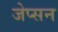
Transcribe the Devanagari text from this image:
जेप्सन